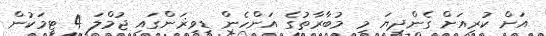
އަށް ކުރިއަށް ގެންދިޔަ މި މުބާރާތުގެ އަންހެން ޑިވިޜަންގައި ޖުމްލަ 4 ޓީމަކުން